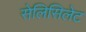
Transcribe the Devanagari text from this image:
सेलिसिलेट